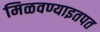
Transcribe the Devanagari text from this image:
मिळवण्याइतपत